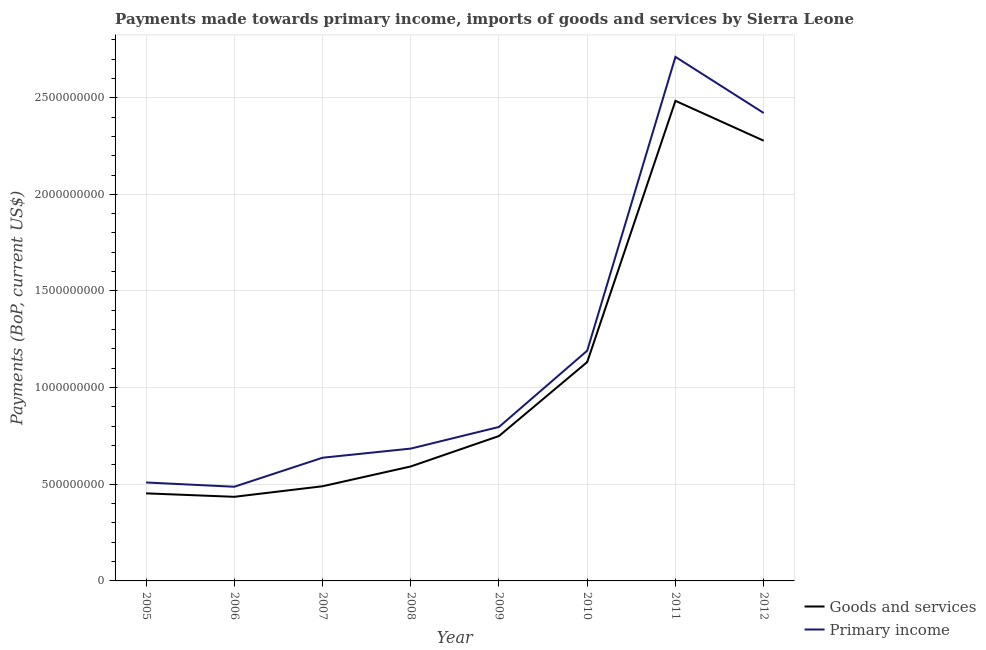
| Year | Goods and services | Primary income |
 | --- | --- | --- |
 | 2005 | 4.53e+08 | 5.09e+08 |
 | 2006 | 4.35e+08 | 4.87e+08 |
 | 2007 | 4.9e+08 | 6.37e+08 |
 | 2008 | 5.92e+08 | 6.85e+08 |
 | 2009 | 7.5e+08 | 7.97e+08 |
 | 2010 | 1.13e+09 | 1.19e+09 |
 | 2011 | 2.48e+09 | 2.71e+09 |
 | 2012 | 2.28e+09 | 2.42e+09 |